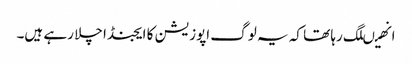
انھیںلگ رہا تھا کہ یہ لوگ اپوزیشن کا ایجنڈا چلا رہے ہیں۔